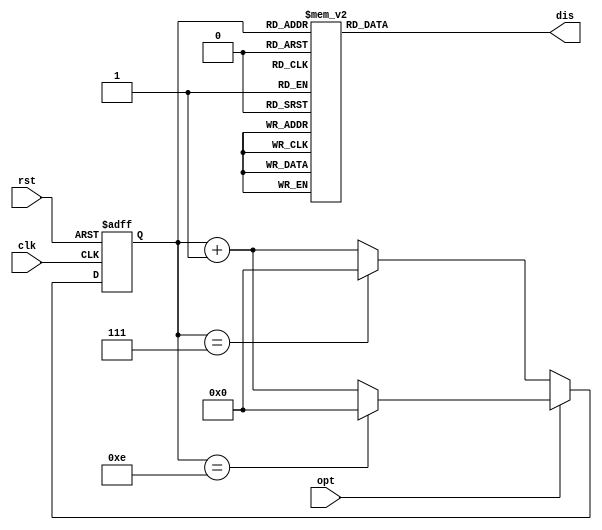
module FinalCounter(
    input opt,
    input clk,
    input rst,
    output reg[7:0] dis
    );
    
    reg[3:0] cnt;

    initial cnt = 0;
    
    always @(posedge clk or posedge rst)
    begin
        if(rst) //
        begin
           cnt = 4'b0000;
        end
        else
        begin
        if(!opt) //8
        begin
            if(cnt == 4'b0111)
            begin //
                cnt = 4'b0000;
            end
            
            else 
            begin
                cnt = cnt + 4'b0001;
            end
        end
        else //15
        begin
            if(cnt == 4'b1110)
            begin //
                cnt = 4'b0000;
            end
            
            else
            begin
                cnt = cnt + 4'b0001;
            end
        end
        end
    end 
    
    wire[7:0] AN;

    assign AN = 8'b00000000;
    always @(*) begin
        case (cnt)
            4'b0000: dis = 8'b00000011;	//0
            4'b0001: dis = 8'b10011111;	//1
            4'b0010: dis = 8'b00100101;	//2
            4'b0011: dis = 8'b00001101;	//3
            4'b0100: dis = 8'b10011001;	//4
            4'b0101: dis = 8'b01001001;	//5
            4'b0110: dis = 8'b01000001;	//6
            4'b0111: dis = 8'b00011111;	//7
            4'b1000: dis = 8'b00000001;	//8
            4'b1001: dis = 8'b00001001; //9
            4'b1010: dis = 8'b00010001;	//A
            4'b1011: dis = 8'b11000001;	//b
            4'b1100: dis = 8'b01100011;	//C
            4'b1101: dis = 8'b10000101;	//d
            4'b1110: dis = 8'b01100001;	//E
            4'b1111: dis = 8'b01110001;	//F
            default: dis = 8'b10000001;	//0
        endcase
    end
endmodule